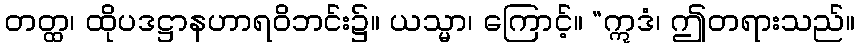
တတ္ထ၊ ထိုပဒဋ္ဌာနဟာရဝိဘင်း၌။ ယသ္မာ၊ ကြောင့်။ “ဣဒံ၊ ဤတရားသည်။